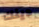
دينك